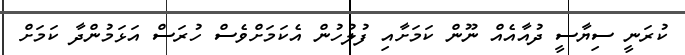
ކުރަނީ ސިޔާސީ ދުއާއެއް ނޫން ކަމަށާއި ފުލުހުން އެކަމަށްވެސް ހުރަސް އަޅަމުންދާ ކަމަށް